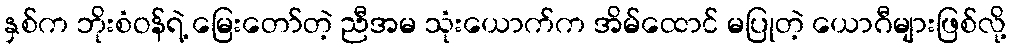
နှစ်က ဘိုးစံဝန်ရဲ့ မြေးတော်တဲ့ ညီအမ သုံးယောက်က အိမ်ထောင် မပြုတဲ့ ယောဂီများဖြစ်လို့